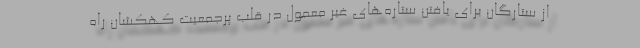
از ستارگان برای یافتن ستاره‌های غیر معمول در قلب پرجمعیت کهکشان راه